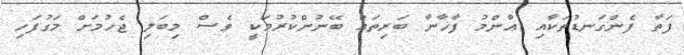
ފަތާ ފެންގަނޑުތަކާއި ޢާންމު ފާޚާނާ ބަރިތައް ބޭނުންކުރުމަކީ ވެސް މިބަލި ޖެހުމަށް މަގުފަހި